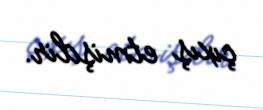
çıxış etmişdir.